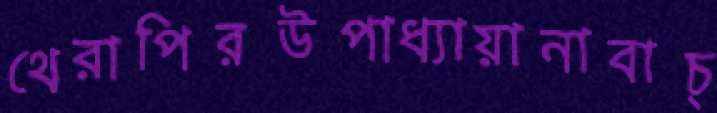
থেরাপিরউপাধ্যায়ানাবাচ্